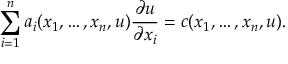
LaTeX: \sum _ { i = 1 } ^ { n } a _ { i } ( x _ { 1 } , \dots , x _ { n } , u ) { \frac { \partial u } { \partial x _ { i } } } = c ( x _ { 1 } , \dots , x _ { n } , u ) .